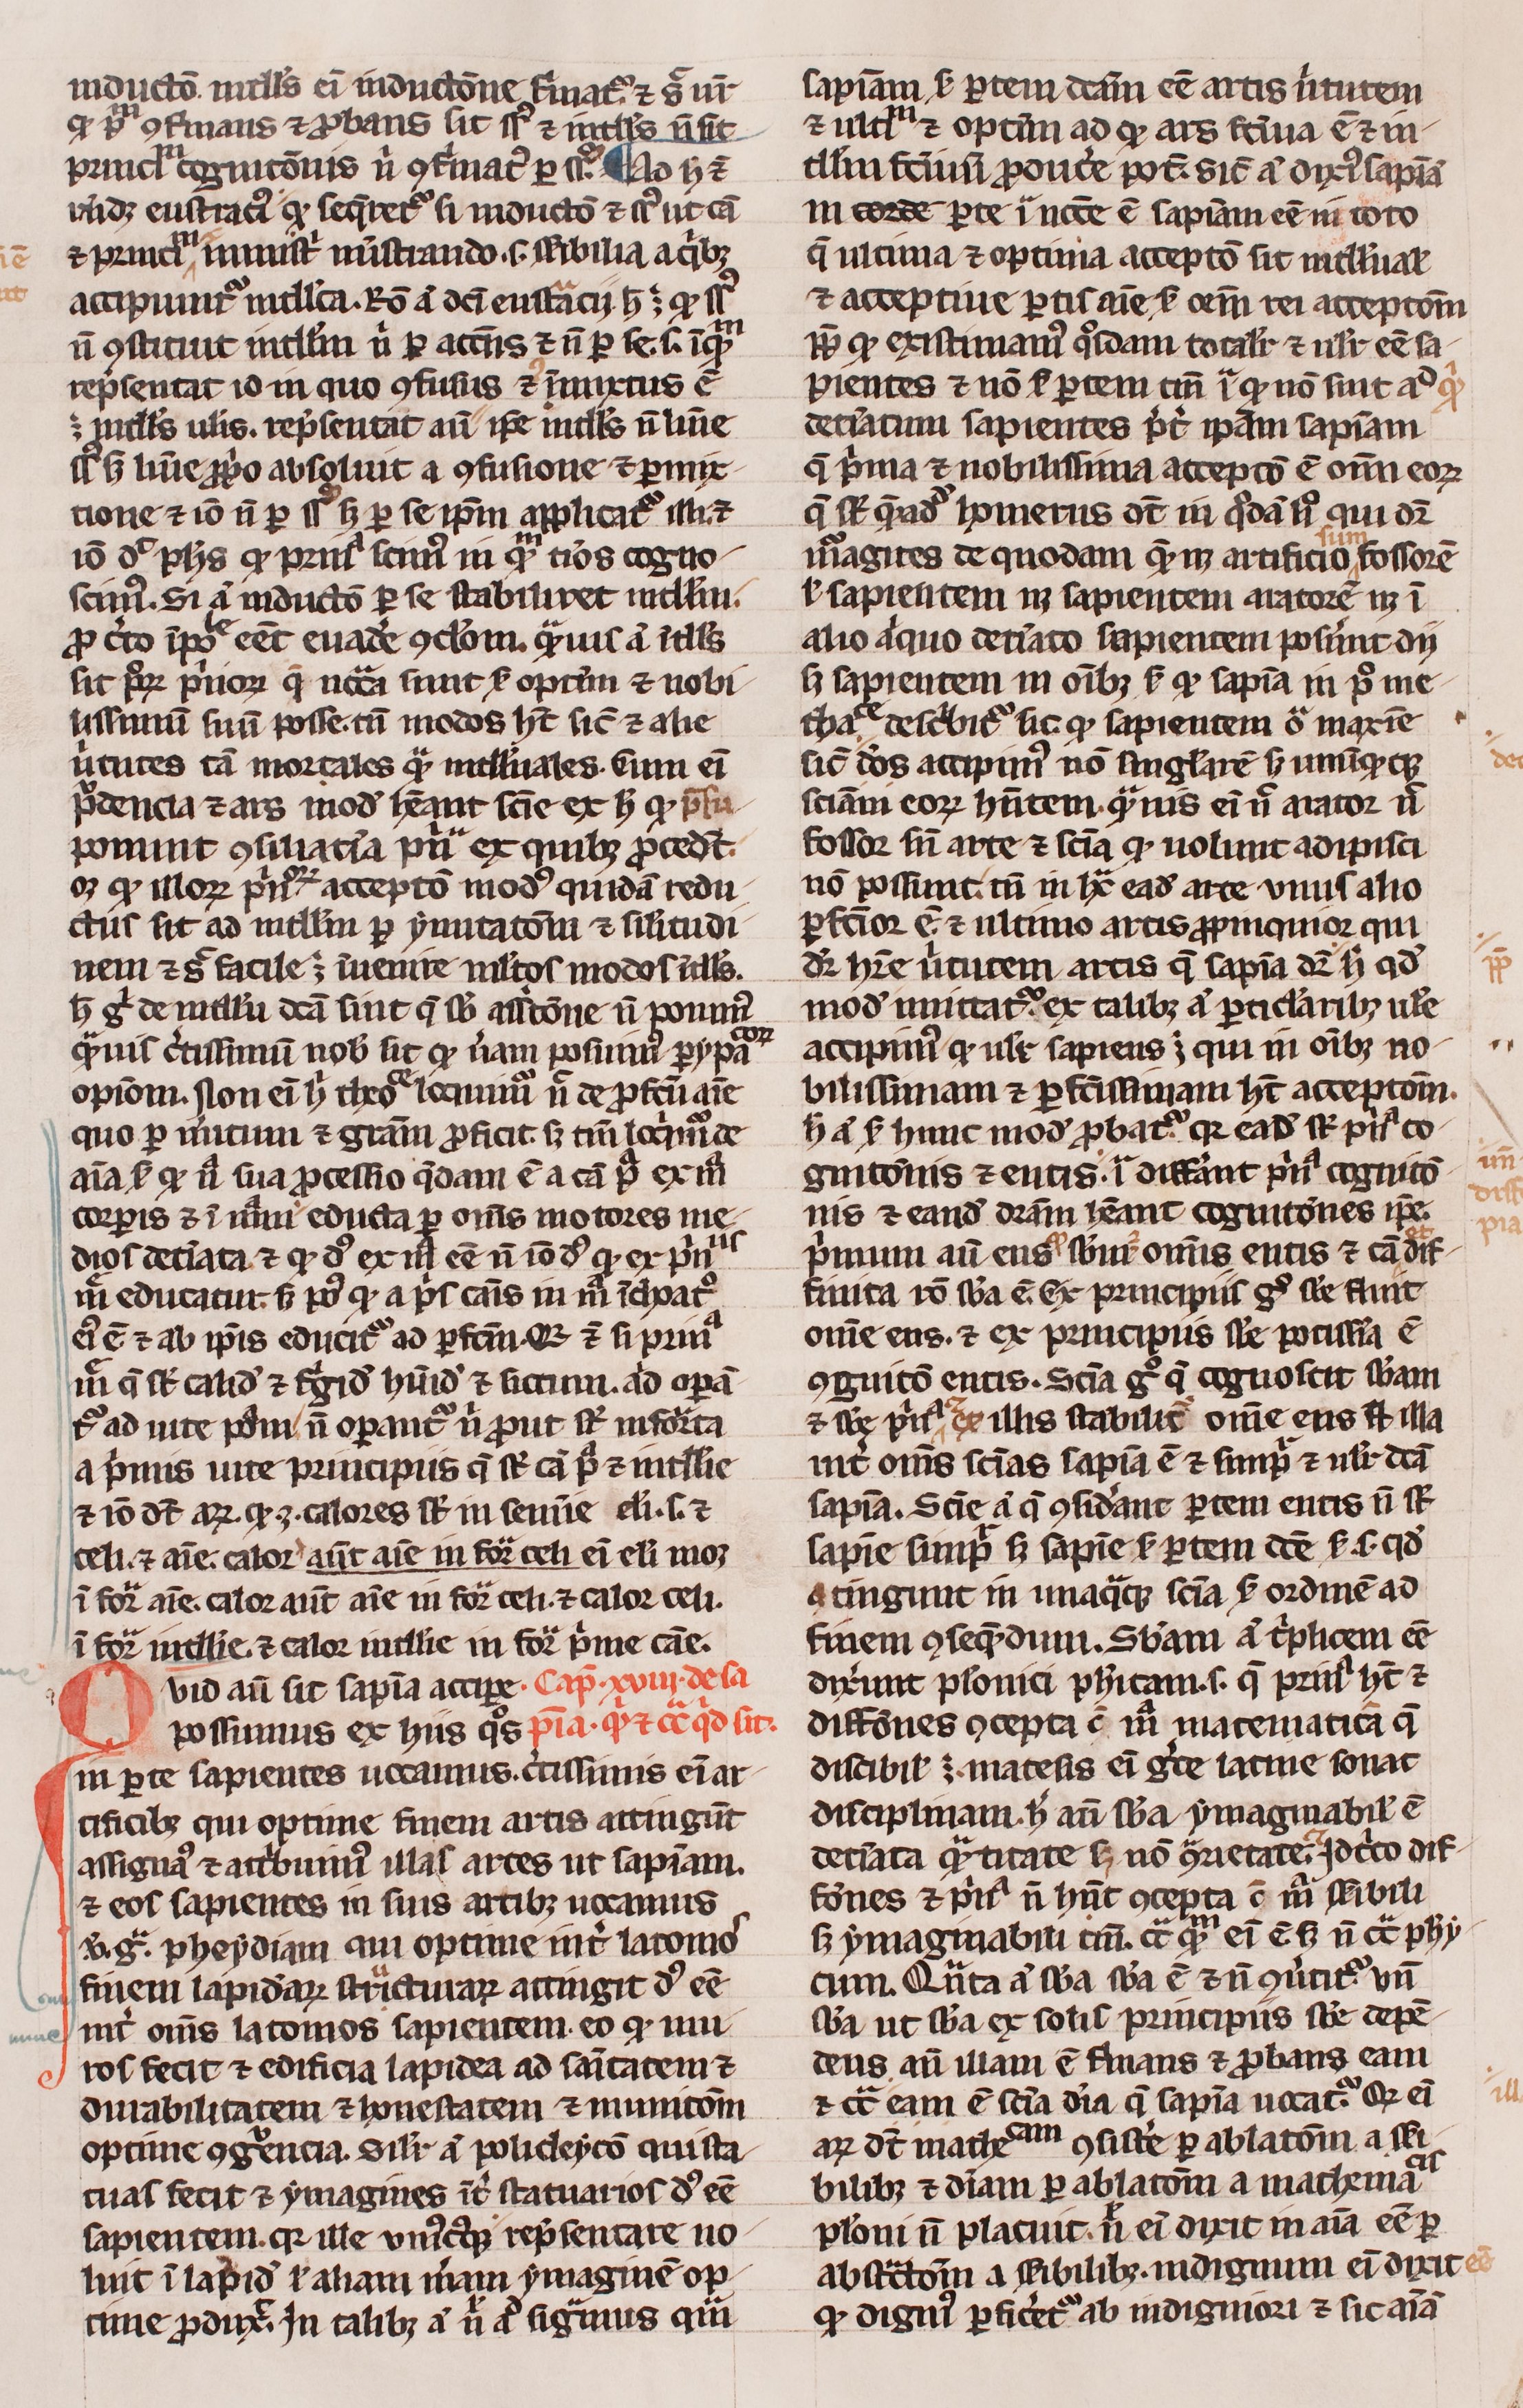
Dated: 1300–1399